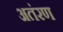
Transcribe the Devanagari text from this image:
अतंरण